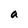
Character: a